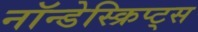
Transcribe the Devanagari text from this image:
नॉन्डेस्क्रिप्ट्स